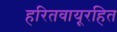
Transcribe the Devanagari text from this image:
हरितवायूरहित